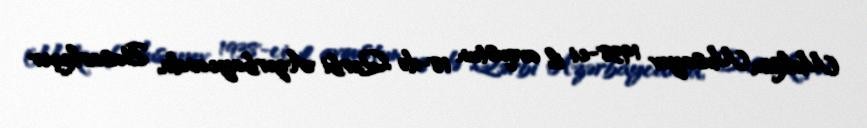
Maksim Musayev 1938-ci il avqustun 18-də Qərbi Azərbaycanda, Basarkeçər